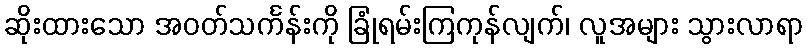
ဆိုးထားသော အဝတ်သင်္ကန်းကို ခြုံရမ်းကြကုန်လျက်၊ လူအများ သွားလာရာ